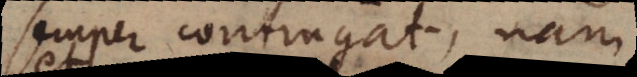
semper contingat, nam